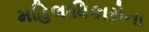
મહિલાધિકારોના